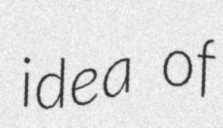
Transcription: idea of